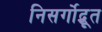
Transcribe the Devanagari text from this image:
निसर्गोद्भूत